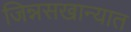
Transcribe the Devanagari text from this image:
जिन्नसखान्यात